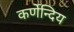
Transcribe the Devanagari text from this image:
कर्णेन्दिय